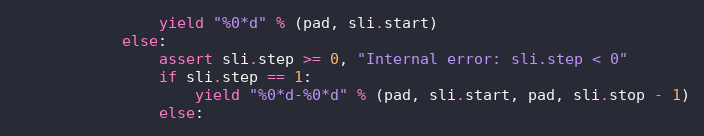
Language: Python
                yield "%0*d" % (pad, sli.start)
            else:
                assert sli.step >= 0, "Internal error: sli.step < 0"
                if sli.step == 1:
                    yield "%0*d-%0*d" % (pad, sli.start, pad, sli.stop - 1)
                else: